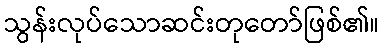
သွန်းလုပ်သောဆင်းတုတော်ဖြစ်၏။